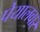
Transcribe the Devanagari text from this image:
पेयालवार